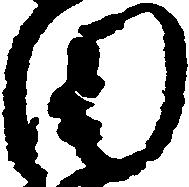
田